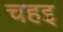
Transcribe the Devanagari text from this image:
चहइ